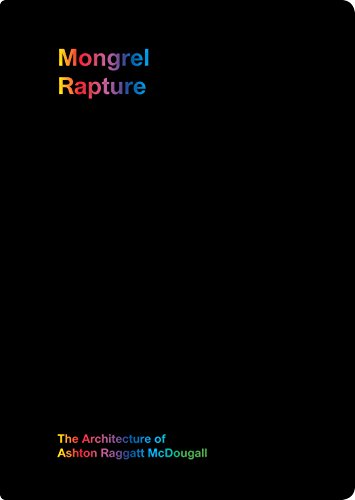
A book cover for Mongrel Rapture: The Architecture of Ashton Raggatt McDougall; ARM Architecture; Arts & Photography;